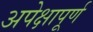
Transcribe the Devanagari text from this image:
अपेक्षापूर्ण